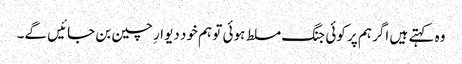
وہ کہتے ہیں اگر ہم پر کوئی جنگ مسلط ہوئی تو ہم خود دیوارِ چین بن جائیں گے۔